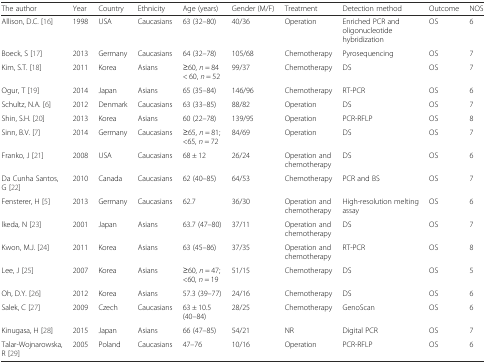
<table><thead><tr><td><b>The author</b></td><td><b>Year</b></td><td><b>Country</b></td><td><b>Ethnicity</b></td><td><b>Age (years)</b></td><td><b>Gender (M/F)</b></td><td><b>Treatment</b></td><td><b>Detection method</b></td><td><b>Outcome</b></td><td><b>NOS</b></td></tr></thead><tbody><tr><td>Allison, D.C. [16]</td><td>1998</td><td>USA</td><td>Caucasians</td><td>63 (32–80)</td><td>40/36</td><td>Operation</td><td>Enriched PCR and oligonucleotide hybridization</td><td>OS</td><td>6</td></tr><tr><td>Boeck, S [17]</td><td>2013</td><td>Germany</td><td>Caucasians</td><td>64 (32–78)</td><td>105/68</td><td>Chemotherapy</td><td>Pyrosequencing</td><td>OS</td><td>7</td></tr><tr><td>Kim, S.T. [18]</td><td>2011</td><td>Korea</td><td>Asians</td><td>≥60, <i>n</i> = 84 &lt; 60, <i>n</i> = 52</td><td>99/37</td><td>Chemotherapy</td><td>DS</td><td>OS</td><td>7</td></tr><tr><td>Ogur, T [19]</td><td>2014</td><td>Japan</td><td>Asians</td><td>65 (35–84)</td><td>146/96</td><td>Chemotherapy</td><td>RT-PCR</td><td>OS</td><td>6</td></tr><tr><td>Schultz, N.A. [6]</td><td>2012</td><td>Denmark</td><td>Caucasians</td><td>63 (33–85)</td><td>88/82</td><td>Operation</td><td>DS</td><td>OS</td><td>7</td></tr><tr><td>Shin, S.H. [20]</td><td>2013</td><td>Korea</td><td>Asians</td><td>60 (22–78)</td><td>139/95</td><td>Operation</td><td>PCR-RFLP</td><td>OS</td><td>8</td></tr><tr><td>Sinn, B.V. [7]</td><td>2014</td><td>Germany</td><td>Caucasians</td><td>≥65, <i>n</i> = 81; &lt;65, <i>n</i> = 72</td><td>84/69</td><td>Operation</td><td>DS</td><td>OS</td><td>7</td></tr><tr><td>Franko, J [21]</td><td>2008</td><td>USA</td><td>Caucasians</td><td>68 ± 12</td><td>26/24</td><td>Operation and chemotherapy</td><td>DS</td><td>OS</td><td>6</td></tr><tr><td>Da Cunha Santos, G [22]</td><td>2010</td><td>Canada</td><td>Caucasians</td><td>62 (40–85)</td><td>64/53</td><td>Chemotherapy</td><td>PCR and BS</td><td>OS</td><td>7</td></tr><tr><td>Fensterer, H [5]</td><td>2013</td><td>Germany</td><td>Caucasians</td><td>62.7</td><td>36/30</td><td>Operation and chemotherapy</td><td>High-resolution melting assay</td><td>OS</td><td>6</td></tr><tr><td>lkeda, N [23]</td><td>2001</td><td>Japan</td><td>Asians</td><td>63.7 (47–80)</td><td>37/11</td><td>Operation and chemotherapy</td><td>DS</td><td>OS</td><td>7</td></tr><tr><td>Kwon, M.J. [24]</td><td>2011</td><td>Korea</td><td>Asians</td><td>63 (45–86)</td><td>37/35</td><td>Operation and chemotherapy</td><td>RT-PCR</td><td>OS</td><td>8</td></tr><tr><td>Lee, J [25]</td><td>2007</td><td>Korea</td><td>Asians</td><td>≥60, <i>n</i> = 47; &lt;60, <i>n</i> = 19</td><td>51/15</td><td>Chemotherapy</td><td>DS</td><td>OS</td><td>5</td></tr><tr><td>Oh, D.Y. [26]</td><td>2012</td><td>Korea</td><td>Asians</td><td>57.3 (39–77)</td><td>24/16</td><td>Chemotherapy</td><td>DS</td><td>OS</td><td>6</td></tr><tr><td>Salek, C [27]</td><td>2009</td><td>Czech</td><td>Caucasians</td><td>63 ± 10.5 (40–84)</td><td>28/25</td><td>Chemotherapy</td><td>GenoScan</td><td>OS</td><td>6</td></tr><tr><td>Kinugasa, H [28]</td><td>2015</td><td>Japan</td><td>Asians</td><td>66 (47–85)</td><td>54/21</td><td>NR</td><td>Digital PCR</td><td>OS</td><td>7</td></tr><tr><td>Talar-Wojnarowska, R [29]</td><td>2005</td><td>Poland</td><td>Caucasians</td><td>47–76</td><td>10/16</td><td>Operation</td><td>PCR-RFLP</td><td>OS</td><td>6</td></tr></tbody></table>